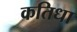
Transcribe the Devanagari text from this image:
कतिधा